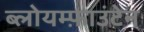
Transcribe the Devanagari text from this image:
ब्लोयम्फ़ाउंटेन